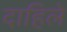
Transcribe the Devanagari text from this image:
दाहिले